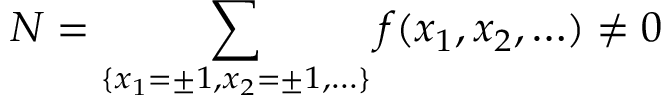
{ \cal N } = \sum _ { \{ x _ { 1 } = \pm 1 , x _ { 2 } = \pm 1 , \ldots \} } f ( x _ { 1 } , x _ { 2 } , \ldots ) \not = 0